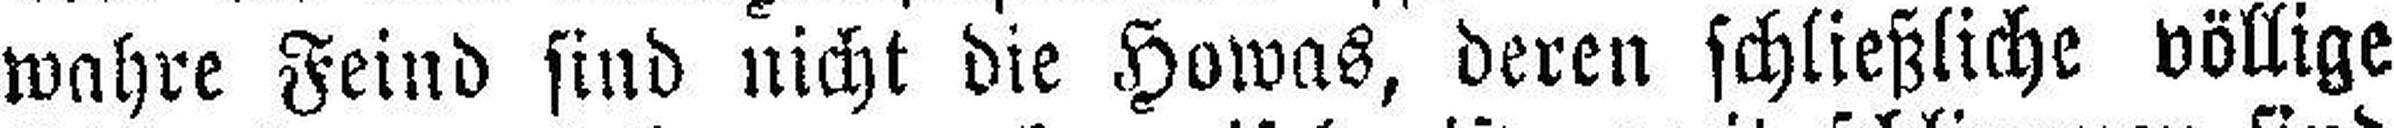
wahre Feind sind nicht die Howas, deren schließliche völlige